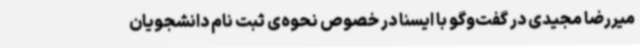
میررضا مجیدی در گفت‌وگو با ایسنا در خصوص نحوه‌ی ثبت نام دانشجویان